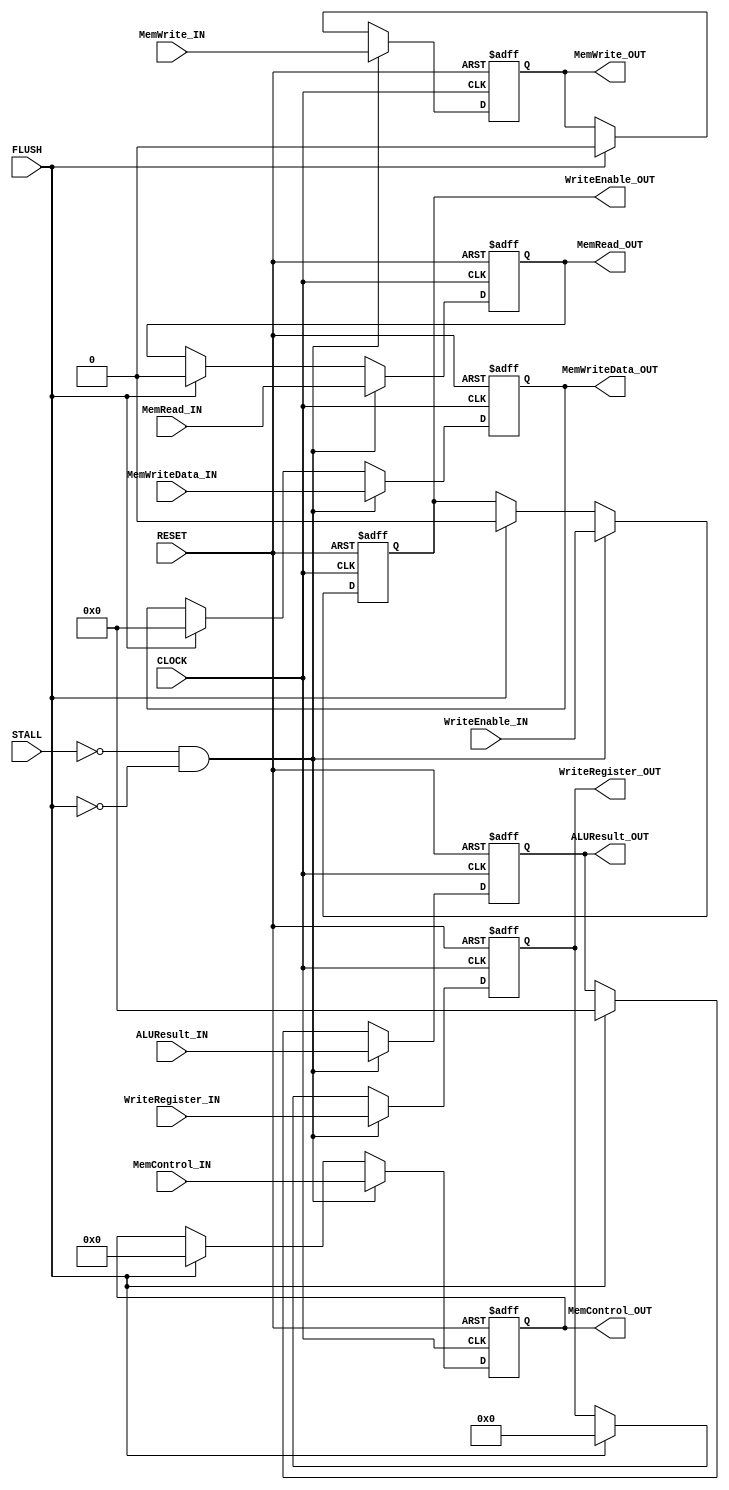
module EXEMEM(

	//MODULE INPUTS

		//SYSTEM --> EXE/MEM
		input CLOCK,
		input RESET,

		//HAZARD --> EXE/MEM
		input STALL,
		input FLUSH,

		//ID/EXE --> EXE/MEM (MEM INFORMATION)
		input [31:0] 	MemWriteData_IN,
		input [5:0] 	MemControl_IN,
		input 		MemRead_IN,
		input 		MemWrite_IN,

		//ID/EXE --> EXE/MEM (WB INFORMATION)
		input [31:0] 	ALUResult_IN,
		input [4:0]  	WriteRegister_IN,
		input 		WriteEnable_IN,

	// MODULE OUTPUTS

		//EXE/MEM --> MEM
		output [31:0] 	MemWriteData_OUT,//need this to exe Stage
		output [5:0] 	MemControl_OUT,
		output 		MemRead_OUT,
		output 		MemWrite_OUT,
		//EXE/MEM --> MEM/WB (WB INFORMATION)
		output [31:0] 	ALUResult_OUT,//need this
		output [4:0]  	WriteRegister_OUT,
		output 		WriteEnable_OUT

);

//PIPELINE REGISTERS
reg [31:0] 	MemWriteData;
reg [5:0]	MemControl;
reg 		MemRead;
reg 		MemWrite;

reg [31:0] 	ALUResult;
reg [4:0] 	WriteRegister;
reg 		WriteEnable;

//ASSIGN OUTPUTS TO PIPELINE REGISTERS
assign MemWriteData_OUT 	= MemWriteData;
assign MemControl_OUT 		= MemControl;
assign MemRead_OUT 		= MemRead;
assign MemWrite_OUT 		= MemWrite;

assign ALUResult_OUT 		= ALUResult;
assign WriteRegister_OUT 	= WriteRegister;
assign WriteEnable_OUT 		= WriteEnable;

//WHEN CLOCK RISES OR RESET FALLS
always @(posedge CLOCK or negedge RESET) begin

	//IF RESET IS LOW
	if(!RESET) begin

		//SET PIPELINE REGISTERS TO 0
		MemWriteData 	<= 0;
		MemControl 	<= 0;
		MemRead 	<= 0;
		MemWrite 	<= 0;

		ALUResult 	<= 0;
		WriteRegister 	<= 0;
		WriteEnable 	<= 0;

	//ELSE IF CLOCK IS HIGH
	end else if(CLOCK) begin

		$display("");
		$display("----- EXE/MEM -----");
		$display("MemWriteData:\t\t%x", MemWriteData);
		$display("MemControl:\t\t%d", MemControl);
		$display("MemRead:\t\t%b", MemRead);
		$display("MemWrite:\t\t%b", MemWrite);
		$display("");
		$display("ALUResult:\t\t%x", ALUResult);
		$display("WriteRegister:\t\t%d", WriteRegister);
		$display("WriteEnable:\t\t%b", WriteEnable);

		//IF MODULE IS NOT BEING STALLED AND IS NOT BEING FLUSHED
		if(!STALL && !FLUSH) begin

			//SET PIPELINE REGISTERS TO INPUTS
			MemWriteData 	<= MemWriteData_IN;
			MemControl 	<= MemControl_IN;
			MemRead 	<= MemRead_IN;
			MemWrite 	<= MemWrite_IN;

			ALUResult 	<= ALUResult_IN;
			WriteRegister 	<= WriteRegister_IN;
			WriteEnable 	<= WriteEnable_IN;

		//ELSE IF MODULE IS BEING FLUSHED
		end else if (FLUSH) begin

			//SET PIPELINE REGISTERS TO ZERO
			MemWriteData 	<= 0;
			MemControl 	<= 0;
			MemRead 	<= 0;
			MemWrite 	<= 0;

			ALUResult 	<= 0;
			WriteRegister 	<= 0;
			WriteEnable 	<= 0;

		//ELSE IF MODULE IS BEING STALLED
		end else if (STALL) begin

			//DO NOTHING

		end

	end

end

endmodule